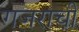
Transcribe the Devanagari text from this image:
गजराची